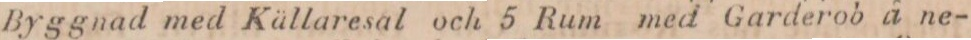
Byggnad med Källaresal och 5 Rum med Garderob å ne-